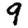
Digit: 9